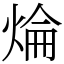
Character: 㷍